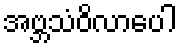
အဗ္ဘသံဝိလာပေါ